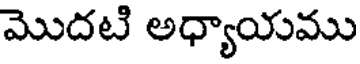
మొదటి అధ్యాయము